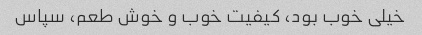
خیلی خوب بود، کیفیت خوب و خوش طعم، سپاس